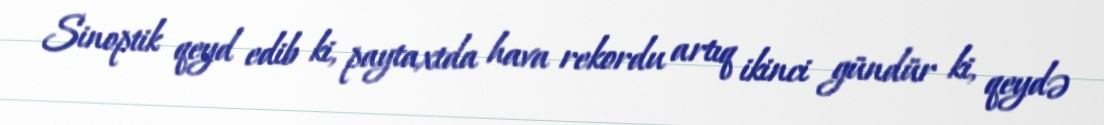
Sinoptik qeyd edib ki, paytaxtda hava rekordu artıq ikinci gündür ki, qeydə